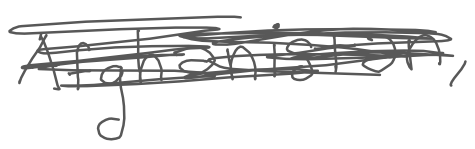
Text: Afghanistan,
Cross-out: scratch
Writing tool: digital_gray